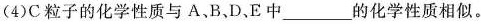
(4)C粒子的化学性质与A、B、D，E中___的化学性质相似。